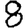
Digit: 8